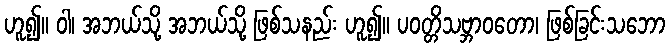
ဟူ၍။ ဝါ၊ အဘယ်သို့ အဘယ်သို့ ဖြစ်သနည်း ဟူ၍။ ပဝတ္တိသဗ္ဘာဝတော၊ ဖြစ်ခြင်းသဘော